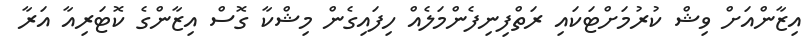
އިޒާންއަށް ވިޝް ކުރުމަށްޓަކައި ރަތްފިނިފެންމަލެއް ހިފައިގެން މިޝްކާ ގޮސް އިޒާންގެ ކޮޓަރިއާ އަރާ